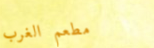
مطعم الغرب